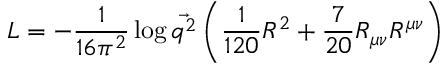
{ \cal L } = - { \frac { 1 } { 1 6 \pi ^ { 2 } } } \log \vec { q ^ { 2 } } \left( { \frac { 1 } { 1 2 0 } } R ^ { 2 } + { \frac { 7 } { 2 0 } } R _ { \mu \nu } R ^ { \mu \nu } \right)